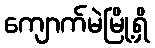
ကျောက်မဲမြို့ရှိ